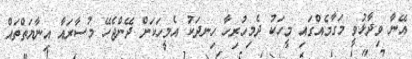
އޭނާ ވިދާޅުވީ މަގާމެއްގައި މީހަކު ދެމިހުރިހާ ހިނދަކު އެމީހަކަށް ދޭންޖެހޭ މުސާރައާ އިނާޔަތްތައް